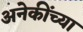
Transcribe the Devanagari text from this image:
अनेकींच्या